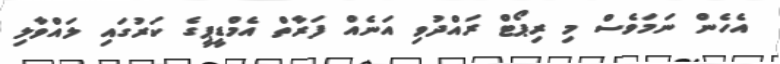
އެހެން ނަމަވެސް މި ރިޕޯޓް ރައްދުވި އަނެއް ފަރާތް އެމްޑީޕީގެ ކަރުގައި ލައްވާލި